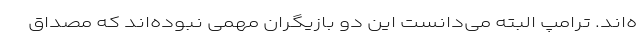
ه‌اند. ترامپ البته می‌دانست این دو بازیگران مهمی نبوده‌اند که مصداق